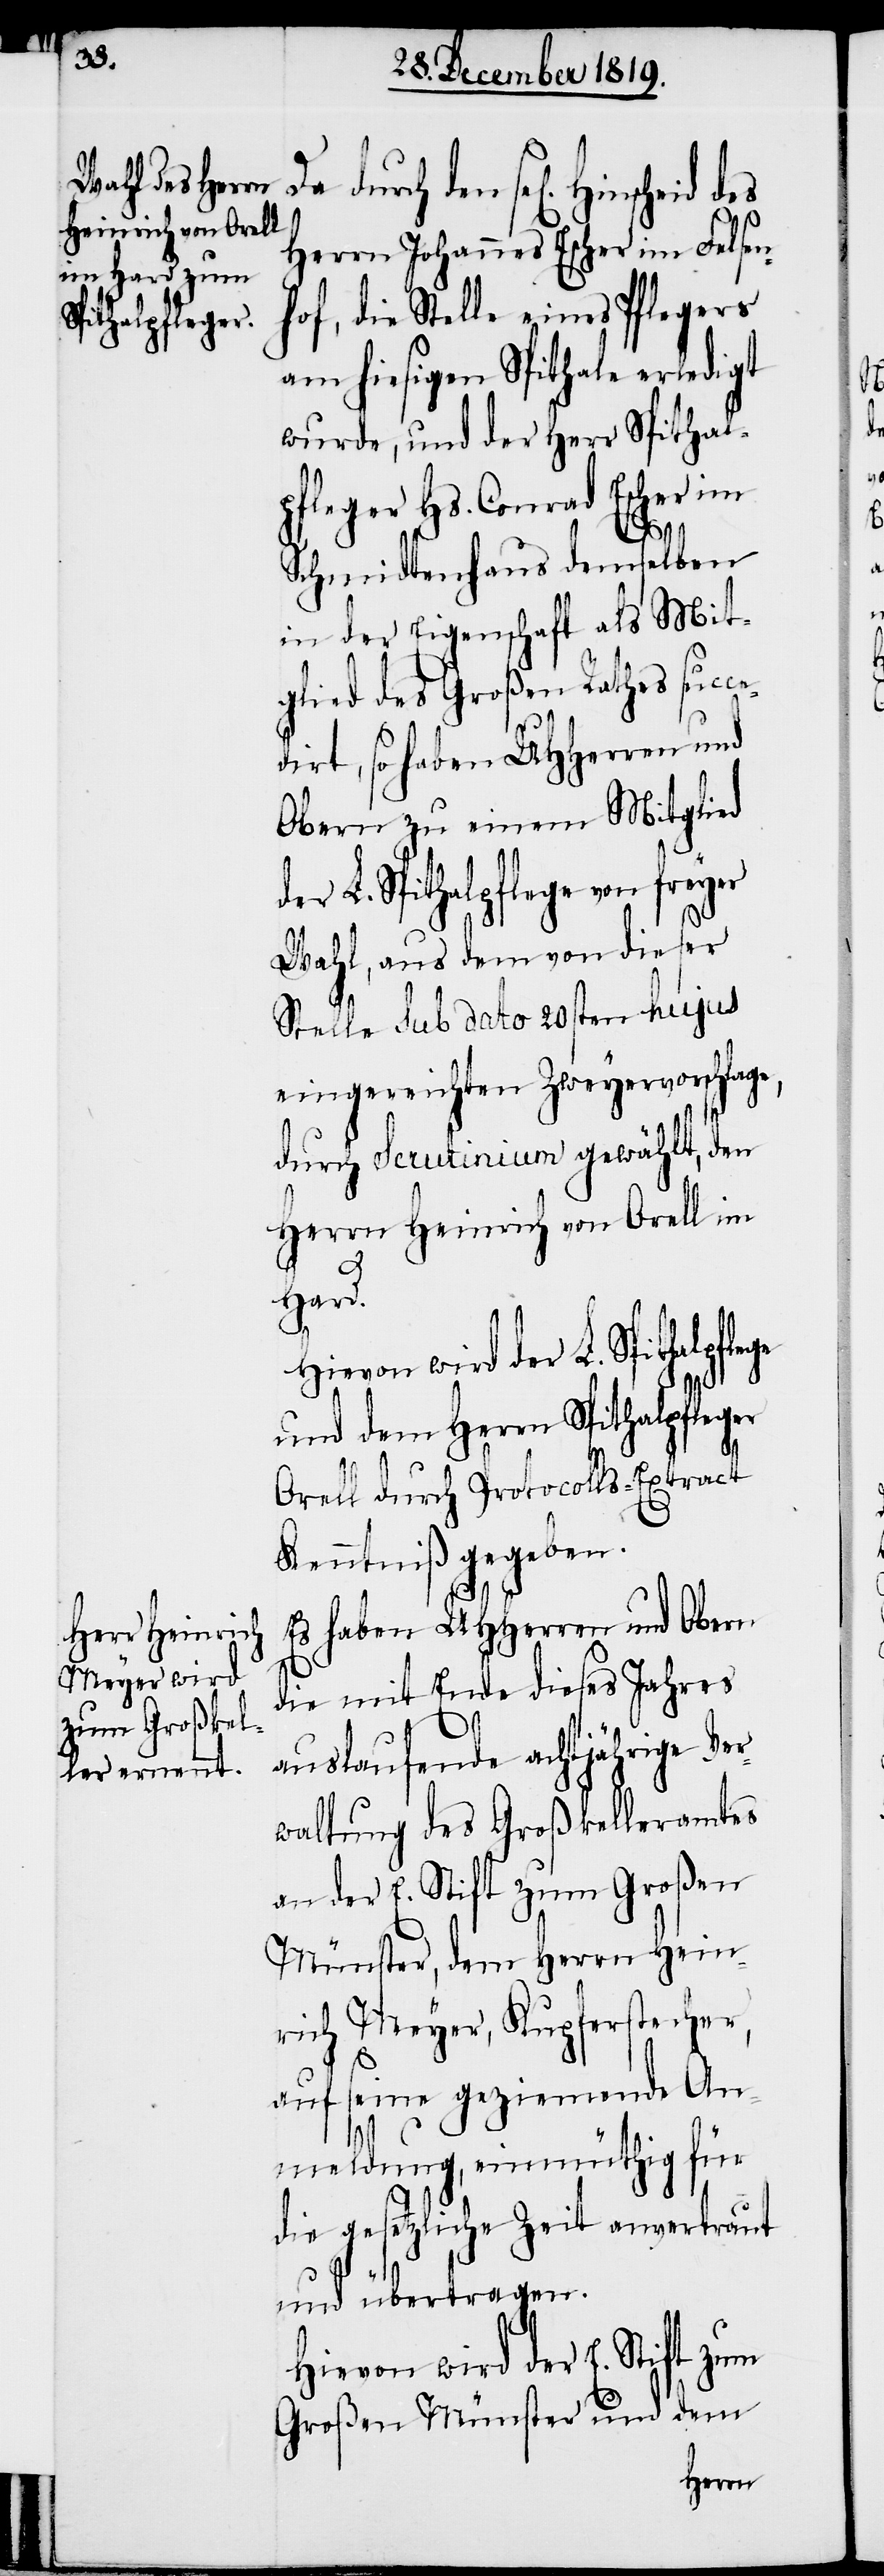
Spithalpflege

durch den sel[igen] Hins¬
Herrn Johannes Escher im Felsen¬
hof, die Stelle eines Pflegers
am hiesigen Spithale erledigt
wurde, und der Herr Spithal¬
pfleger Hs. Conrad Escher im
r¬
Schmidtenhaus demselben
in der Eigenschaft als Mit¬
glied des Großen Rathes suc¬
dirt, so haben UHHerren und
Obern zu einem Mitglied
der L. Spithalpflege von freyer
Wahl, aus dem von dieser
Stelle sub dato 20sten hujus
eingereichten Zweyervorschlag¬
durch Scrutinium gewählt, den
Herrn Heinrich von Orell im
L.
Hard.
Hievon wird der
und dem Herrn Spithalpfleger
Orell durch Protocolls-Extract
Kenntniß gegeben.
Es haben UHHerren und Ober¬
n mit Ende dieses Jahres
auslaufende achtjährige Ve¬
waltung des Großkelleramtes
an der E. Stift zum Großen
Münster, dem Herrn Hein¬
rich Meyer, Kupferstecher,
auf seine geziemende An¬
meldung, einmüthig für
die gesetzliche Zeit anvertraut
und übertragen.
Hievon wird der E. Sift zum
Großen Münster und dem